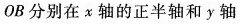
OB分别在x轴的正半轴和y轴